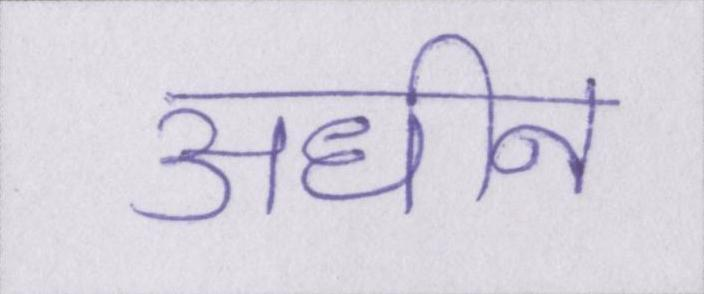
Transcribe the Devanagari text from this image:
अधीन